Annual administration and progress report of the Indian Medical Department, Bombay
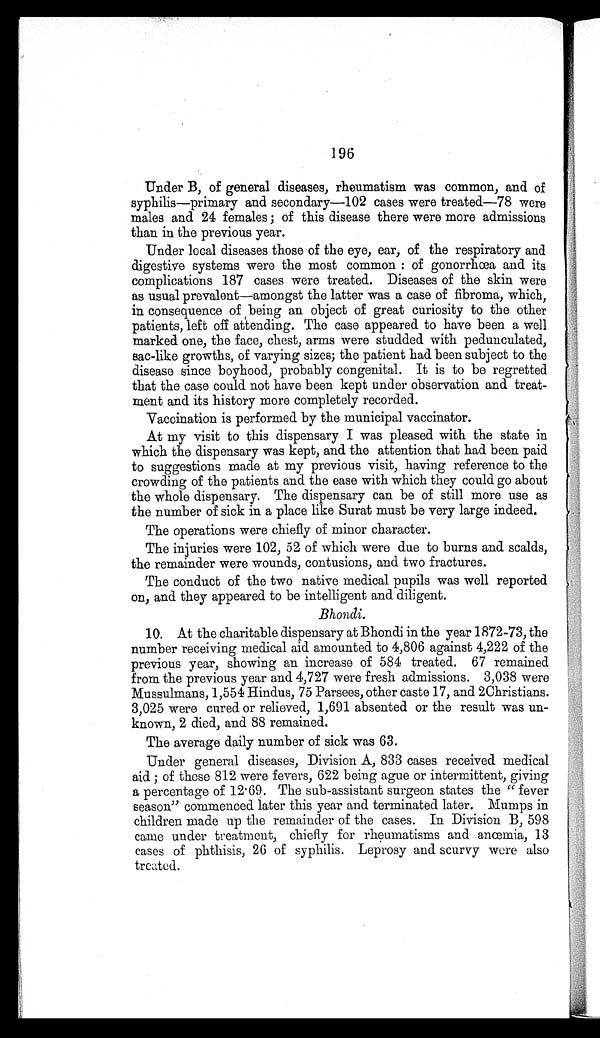
196
Under B, of general diseases, rheumatism was common, and of
syphilis—primary and secondary—102 cases were treated—78 were
males and 24 females; of this disease there were more admissions
than in the previous year.
Under local diseases those of the eye, ear, of the respiratory and
digestive systems were the most common : of gonorrhœa and its
complications 187 cases were treated. Diseases of the skin were
as usual prevalent—amongst the latter was a case of fibroma, which,
in consequence of being an object of great curiosity to the other
patients, left off attending. The case appeared to have been a well
marked one, the face, chest, arms were studded with pedunculated,
sac-like growths, of varying sizes; the patient had been subject to the
disease since boyhood, probably congenital. It is to be regretted
that the case could not have been kept under observation and treat
-ment and its history more completely recorded.
Vaccination is performed by the municipal vaccinator.
At my visit to this dispensary I was pleased with the state in
which the dispensary was kept, and the attention that had been paid
to suggestions made at my previous visit, having reference to the
crowding of the patients and the ease with which they could go about
the whole dispensary. The dispensary can be of still more use as
the number of sick in a place like Surat must be very large indeed.
The operations were chiefly of minor character.
The injuries were 102, 52 of which were due to burns and scalds,
the remainder were wounds, contusions, and two fractures.
The conduct of the two native medical pupils was well reported
on, and they appeared to be intelligent and diligent.
Bhondi.
10. At the charitable dispensary at Bhondi in the year 1872-73, the
number receiving medical aid amounted to 4,806 against 4,222 of the
previous year, showing an increase of 584 treated. 67 remained
from the previous year and 4,727 were fresh admissions. 3,038 were
Mussulmans, 1,554 Hindus, 75 Parsees, other caste 17, and 2Christians.
3,025 were cured or relieved, 1,691 absented or the result was un
-known, 2 died, and 88 remained.
The average daily number of sick was 63.
Under general diseases, Division A, 833 cases received medical
aid ; of these 812 were fevers, 622 being ague or intermittent, giving
a percentage of 12.69. The sub-assistant surgeon states the "fever
season" commenced later this year and terminated later. Mumps in
children made up the remainder of the cases. In Division B, 598
came under treatment, chiefly for rheumatisms and anœmia, 13
cases of phthisis, 26 of syphilis. Leprosy and scurvy were also
treated.